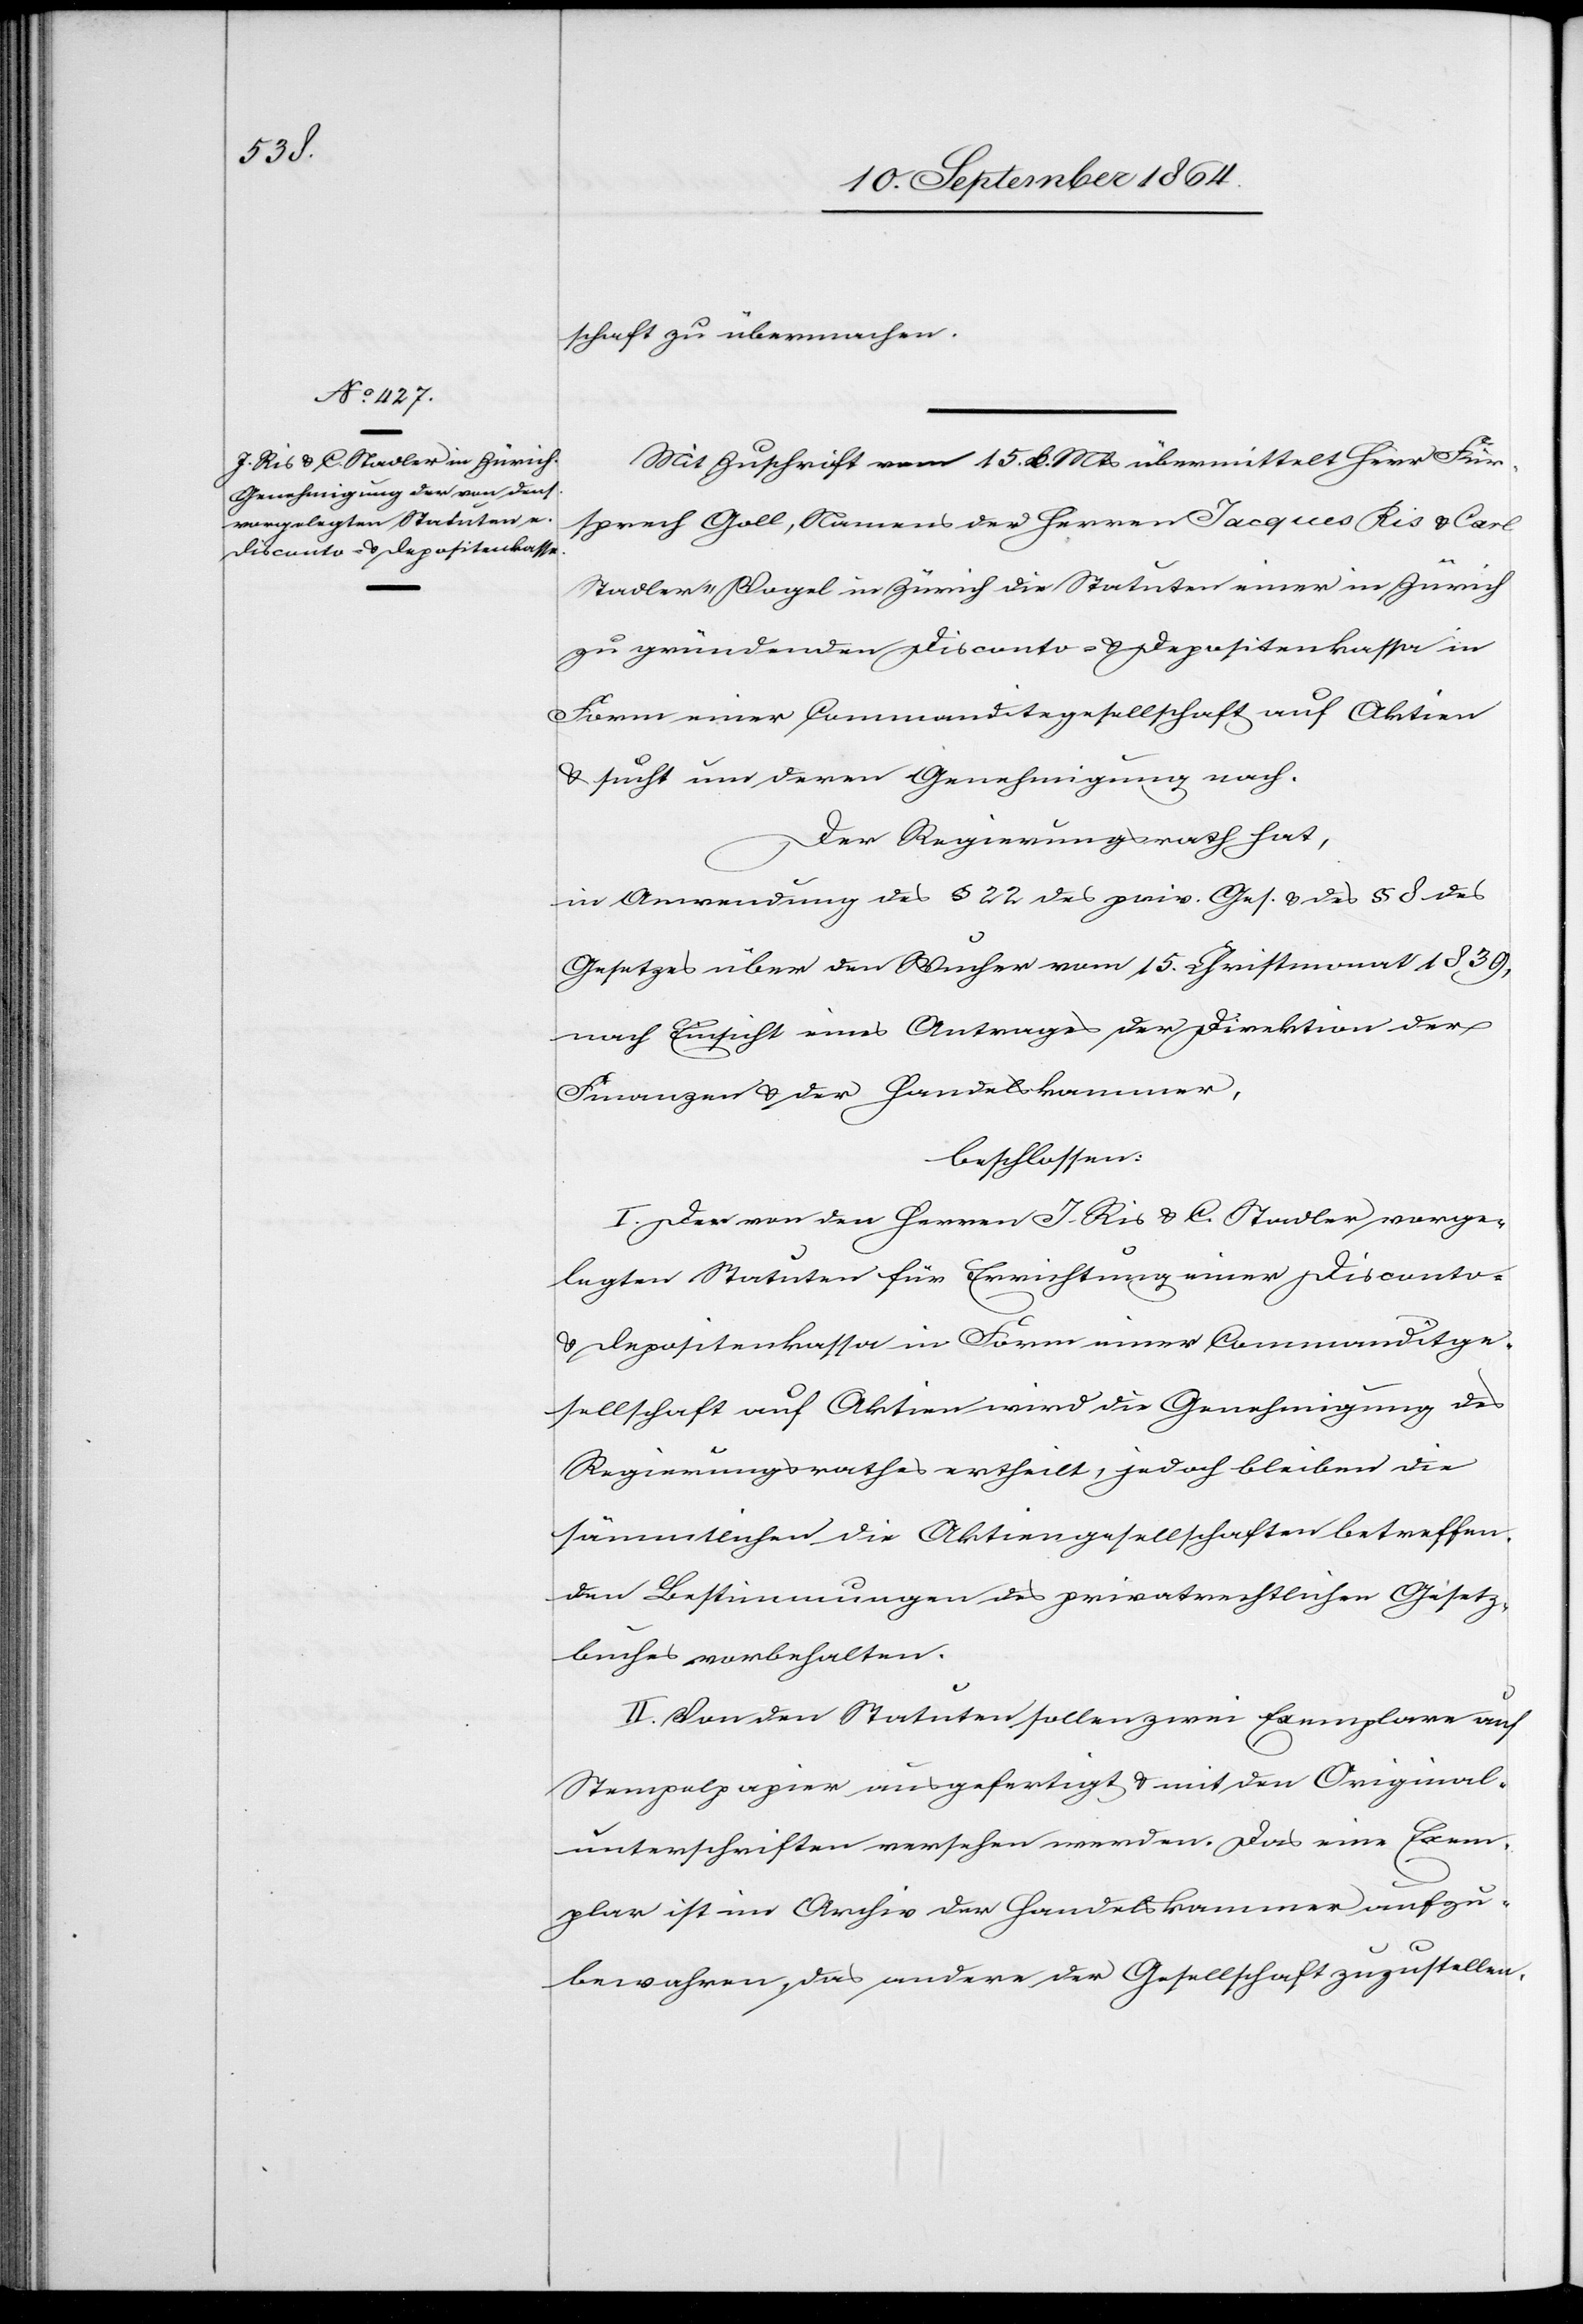
Mit Zuschrift vom 15. d. Mts übermittelt Herr Für¬
sprech Goll, Namens der Herren Jacques Ris & Carl
Stadler-Vogel in Zürich die Statuten einer in Zürich
zu gründenden Disconto- & Depositenkassa in
Form einer Commanditegesellschaft auf Aktien
& sucht um deren Genehmigung nach.
Der Regierungsrath hat,
in Anwendung des § 22 des priv. Ges. & des § 8 des
Gesetzes über den Wucher vom 15. Christmonat 1839,
nach Einsicht eines Antrages der Direktion der
Finanzen & der Handelskammer,
beschlossen:
I. Den von den Herren J. Ris & C. Stadler vorge¬
legten Statuten für Errichtung einer Disconto-
& Depositenkassa in Form einer Commanditge¬
sellschaft auf Aktien wird die Genehmigung des
Regierungsrathes ertheilt, jedoch bleiben die
sämmtlichen die Aktiengesellschaften betreffen¬
den Bestimmungen des privatrechtlichen Gesetz¬
buches vorbehalten.
II. Von den Statuten sollen zwei Exemplare auf
Stempelpapier ausgefertigt & mit den Original¬
unterschriften versehen werden. Das eine Exem¬
plar ist im Archiv der Handelskammer aufzu¬
bewahren, das andere der Gesellschaft zuzustellen.